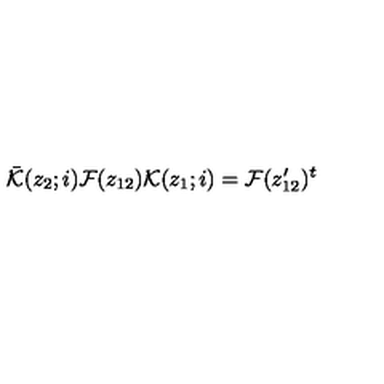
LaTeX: \bar { { \cal K } } ( z _ { 2 } ; i ) { \cal F } ( z _ { 1 2 } ) { \cal K } ( z _ { 1 } ; i ) = { \cal F } ( z _ { 1 2 } ^ { \prime } ) ^ { t }